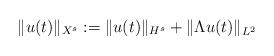
LaTeX: \begin{align*}\| u (t) \|_{X^s} := \| u (t) \|_{H^s} + \| \Lambda u (t) \|_{L^2}\end{align*}